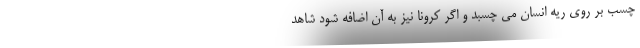
چسب بر روی ریه انسان می چسبد و اگر کرونا نیز به آن اضافه شود شاهد